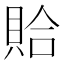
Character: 𫎖